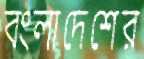
বংলাদেশের